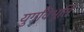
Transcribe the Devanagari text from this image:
युगविभूति